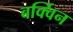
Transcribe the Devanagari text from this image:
बर्क्विन